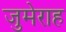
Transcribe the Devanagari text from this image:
जुमेराह